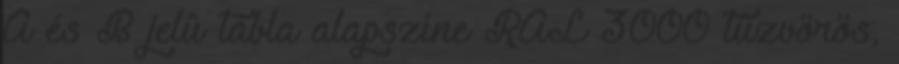
A és B jelû tábla alapszíne RAL 3000 tûzvörös,